Language: tamil
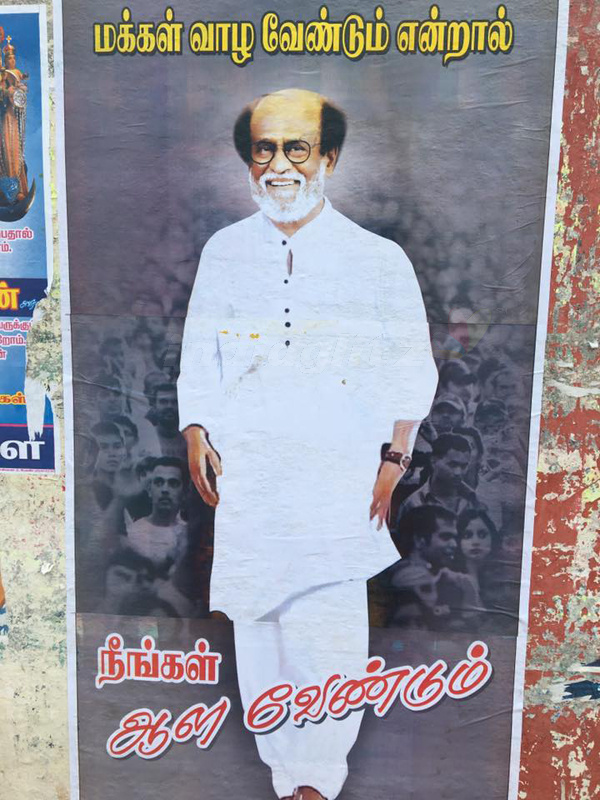
Transcription: றோம் ஆன மக்கள் வாழ வேண்டும் என்றால் பதால் கள் ள நீங்கள் வேண்டும் ருக்கு சர்